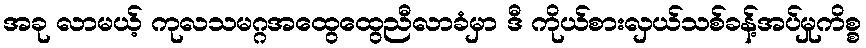
အခု လာမယ့် ကုလသမဂ္ဂအထွေထွေညီလာခံမှာ ဒီ ကိုယ်စားလှယ်သစ်ခန့်အပ်မှုကိစ္စ